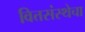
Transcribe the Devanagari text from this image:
वित्तसंस्थेचा